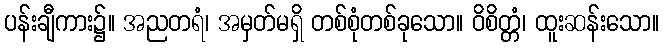
ပန်းချီကား၌။ အညတရံ၊ အမှတ်မရှိ တစ်စုံတစ်ခုသော။ ဝိစိတ္တံ၊ ထူးဆန်းသော။